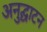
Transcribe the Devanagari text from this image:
अनुद्घाटन